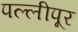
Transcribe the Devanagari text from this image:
पल्लीपूर